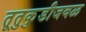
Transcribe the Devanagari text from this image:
तूतुकुडीजवळ